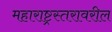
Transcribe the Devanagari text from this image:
महाराष्ट्रस्तरावरील